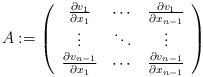
LaTeX: \begin{align*}A:=\left(\begin{array}{ccc}\frac{\partial v_1}{\partial x_1} & \cdots & \frac{\partial v_1}{\partial x_{n-1}} \\\vdots & \ddots & \vdots \\\frac{\partial v_{n-1}}{\partial x_1}& \cdots & \frac{\partial v_{n-1}}{\partial x_{n-1}} \end{array}\right)\end{align*}